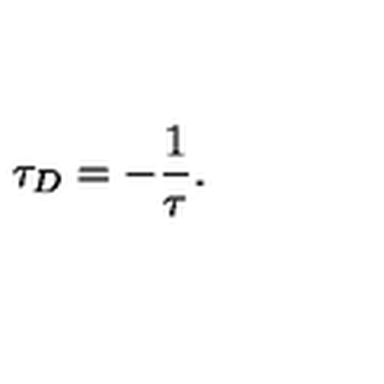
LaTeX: \tau _ { D } = - { \frac { 1 } { \tau } } .